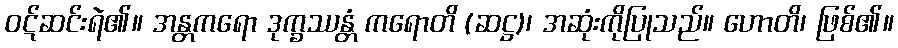
ဝဋ်ဆင်းရဲ၏။ အန္တကရော ဒုက္ခဿန္တံ ကရောတိ (ဆဋ္ဌ)၊ အဆုံးကိုပြုသည်။ ဟောတိ၊ ဖြစ်၏။